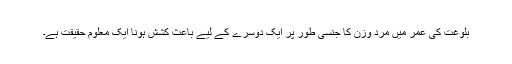
بلوغت کی عمر میں مرد وزن کا جنسی طور پر ایک دوسرے کے لیے باعث کشش ہونا ایک معلوم حقیقت ہے۔